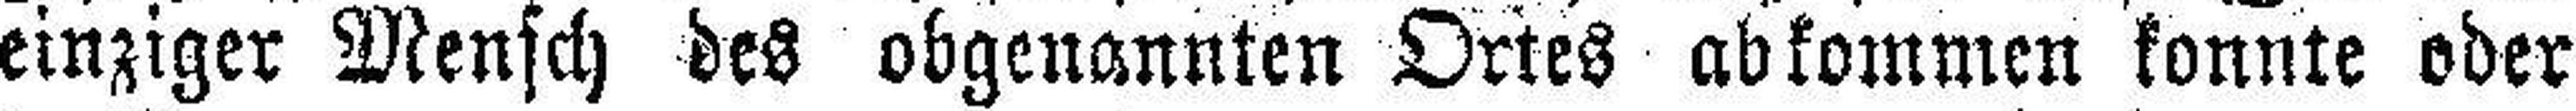
einziger Mensch des obgenannten Ortes ab kommen konnte oder